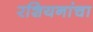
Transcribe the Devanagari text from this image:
रशियनांचा